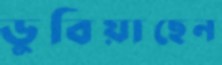
ডুবিয়াছেন